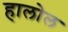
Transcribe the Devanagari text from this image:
हालोल